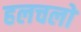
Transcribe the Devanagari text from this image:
हलचलो